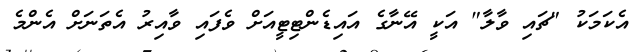
އެކަމަކު "ޗައި ވާލާ" އަކީ އޭނާގެ އައިޑެންޓިޓީއަށް ވެފައި ވާއިރު އެތަނަށް އެންމެ